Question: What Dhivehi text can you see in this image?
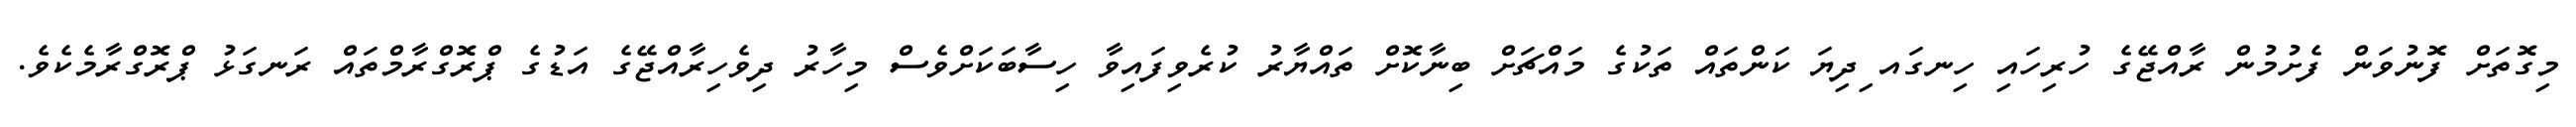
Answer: މިގޮތަށް ފޮނުވަން ފެށުމުން ރާއްޖޭގެ ހުރިހައި ހިނގައ ިދިޔަ ކަންތައް ތަކުގެ މައްޗަށް ބިނާކޮށް ތައްޔާރު ކުރެވިފައިވާ ހިސާބަކަށްވެސް މިހާރު ދިވެހިރާއްޖޭގެ އަޑުގެ ޕްރޮގްރާމްތައް ރަނގަޅު ޕްރޮގްރާމެކެވެ.